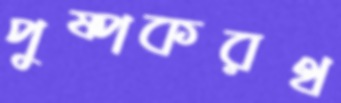
পুষ্পকরথ